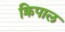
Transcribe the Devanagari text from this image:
क्रिपाल